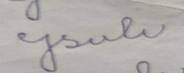
Signature authenticity: forged